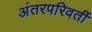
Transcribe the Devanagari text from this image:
अंतरपरिवर्ती